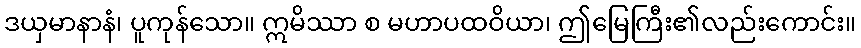
ဒယှမာနာနံ၊ ပူကုန်သော။ ဣမိဿာ စ မဟာပထဝိယာ၊ ဤမြေကြီး၏လည်းကောင်း။